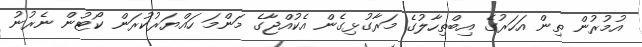
އުމުރުން ތިން އަހަރުގެ އިބްތިހާލުގެ މަރާގުޅިގެން އެކުއްޖާގެ މަންމަ ހައްޔަރުކުރަން ކޯޓުން ނެރުނު